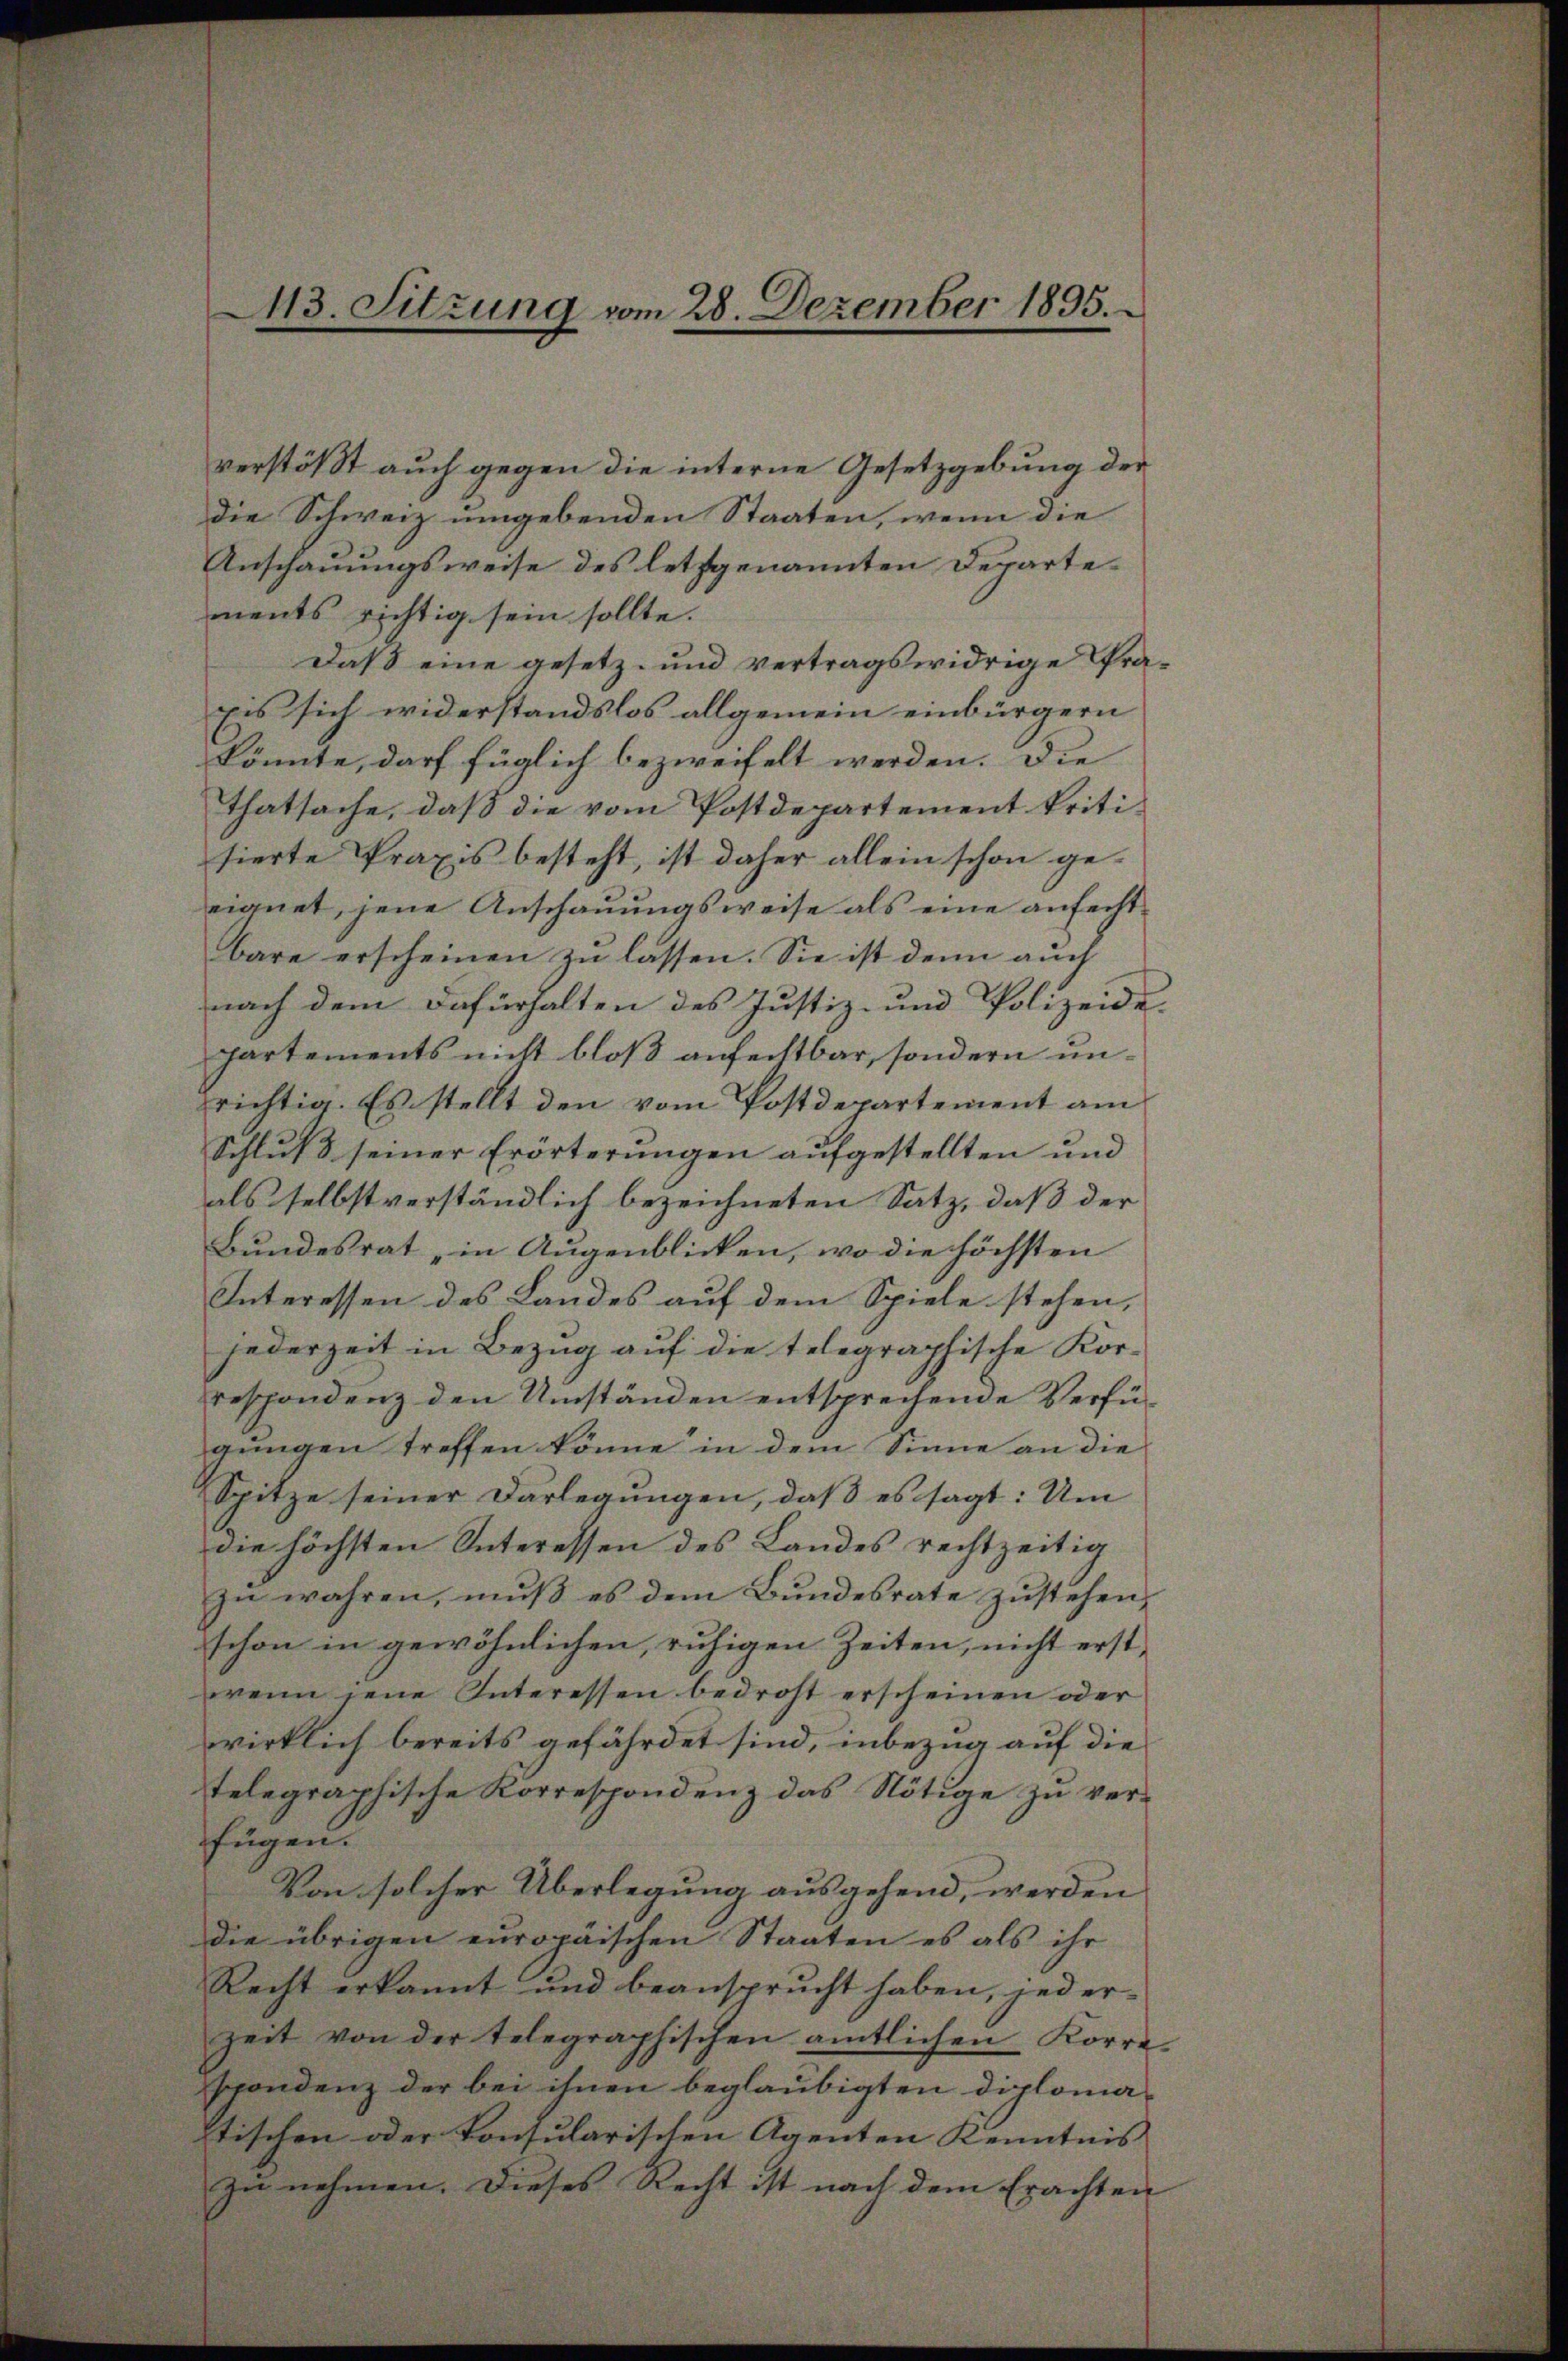
113. Sitzung vom 28. Dezember 1895.

verstößt auch gegen die interne Gesetzgebung der
die Schweiz umgebenden Staaten, wenn die
Anschauungsweise des letztgenannten Departements richtig sein sollte.
Daß eine gesetz- und vertragswidrige Pra¬
Eis sich widerstandslos allgemein einbürgern
könnte, darf füglich bezweifelt werden. Die
thatsache, daß die vom Postdepartement kritisierte Praxis besteht, ist daher allein schon geeignet, jene Anschauungsweise als eine anfechtbare erscheinen zu lassen. Sie ist denn auch
nach dem Dafürhalten des Justiz- und Polizeide
partements nicht bloß anfechtbar, sondern unzrichtig. Es stellt den vom Postdepartement am
Schluß seiner Erörterungen aufgestellten und
als selbst verständlich bezeichneten Satz, daß der
Bundesrat , in Augenblicken, wo die höchsten
Interessen des Landes auf dem Spiele stehen,
jederzeit in Bezug auf die telegraphische Kor-
respondenz den Umständen entsprechende Verfügungen treffen könne in dem Sinne an die
Spitze seiner Darlegungen, daß es sagt: Um
die höchsten Interessen des Landes rechtzeitig
zŭ wahren, mŭβ es dem Bŭndesrate zŭstehen,
schon in gewöhnlichen, ruhigen Zeiten, nicht erstwenn jene Interessen bedroht erscheinen oder
wirklich bereits gefährdet sind, inbezug auf die
telegraphische Korrespondenz das Nötige zu verfügen.
Von solcher Überlegung ausgehend, werden
die übrigen europäischen Staaten es als ihr
Recht erkannt und beansprucht haben, jeder-
zeit von der telegraphischen amtlichen Korre
spondenz der bei ihnen beglaubigten Diplomatischen oder Konsularischen Agenten Kenntnis |
zu nehmen. Dieses Recht ist nach dem Erachten